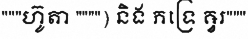
"""ហ៊ូតា """") និង ភទ្រេ ឝ្វរ"""